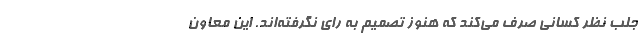
جلب نظر کسانی صرف می‌کند که هنوز تصمیم به رای‌ نگرفته‌اند. این معاون